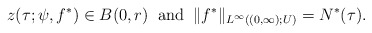
\begin{align*}z(\tau; \psi, f^*)\in B(0,r)\;\;\mbox{\rm and}\;\; \|f^*\|_{L^\infty((0,\infty); U)}=N^*(\tau).\end{align*}